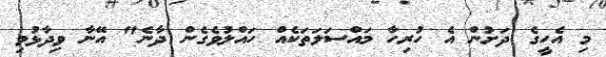
މި އެހީގެ ދަށުން އެ ހުރިހާ މައްސަލަތަކެއް ހައްލުވެގެން ދާނެ" އޭނާ ވިދާޅުވި